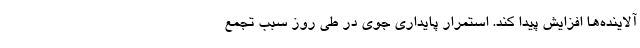
آلاینده‌ها افزایش پیدا کند. استمرار پایداری جوی در طی روز سبب تجمع